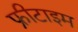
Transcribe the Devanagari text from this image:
फ्रीटाइम